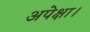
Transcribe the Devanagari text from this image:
अपेक्षा।